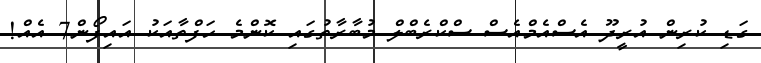
ގަޑި ކުރިން އުރީދޫ އެސްއެމްއެސް ސްކްރެބްލް މުބާރާތުގައި ކޮންމެ ހަފްތާއަކު އައިފޯން7 އެއް!